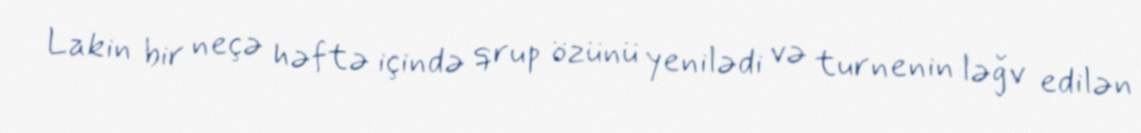
Lakin bir neçə həftə içində qrup özünü yenilədi və turnenin ləğv edilən